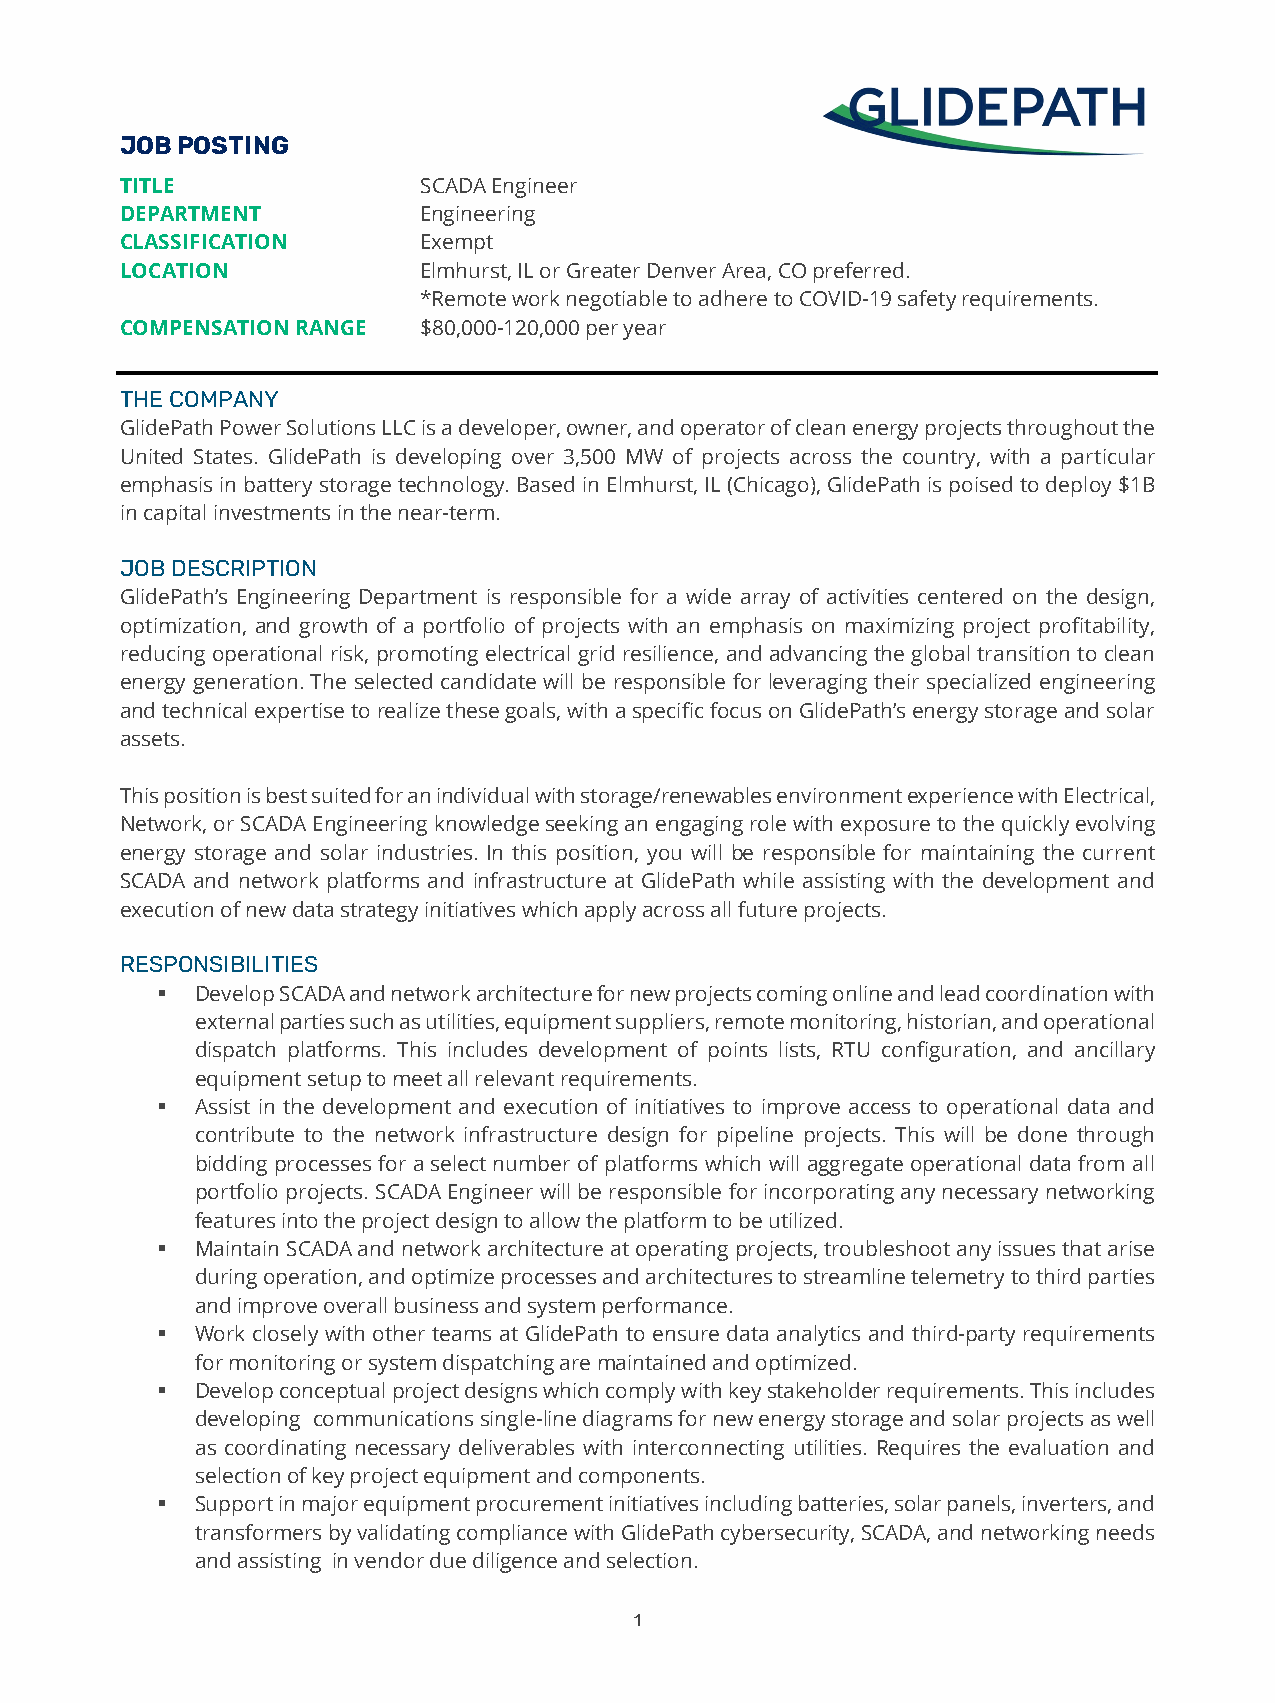
JOB POSTING
 TITLE               SCADA Engineer
 DEPARTMENT          Engineering
 CLASSIFICATION      Exempt
 LOCATION            Elmhurst, IL or Greater Denver Area, CO preferred.
 *Remote work negotiable to adhere to COVID-19 safety requirements.
 COMPENSATION RANGE  $80,000-120,000 per year
 THE COMPANY
 GlidePath Power Solutions LLC is a developer, owner, and operator of clean energy projects throughout the
 United States. GlidePath is developing over 3,500 MW of projects across the country, with a particular
 emphasis in battery storage technology. Based in Elmhurst, IL (Chicago), GlidePath is poised to deploy $1B
 in capital investments in the near-term.
 JOB DESCRIPTION
 GlidePath’s Engineering Department is responsible for a wide array of activities centered on the design,
 optimization, and growth of a portfolio of projects with an emphasis on maximizing project profitability,
 reducing operational risk, promoting electrical grid resilience, and advancing the global transition to clean
 energy generation. The selected candidate will be responsible for leveraging their specialized engineering
 and technical expertise to realize these goals, with a specific focus on GlidePath’s energy storage and solar
 assets.
 This position is best suited for an individual with storage/renewables environment experience with Electrical,
 Network, or SCADA Engineering knowledge seeking an engaging role with exposure to the quickly evolving
 energy storage and solar industries. In this position, you will be responsible for maintaining the current
 SCADA and network platforms and infrastructure at GlidePath while assisting with the development and
 execution of new data strategy initiatives which apply across all future projects.
 RESPONSIBILITIES
   Develop SCADA and network architecture for new projects coming online and lead coordination with
 external parties such as utilities, equipment suppliers, remote monitoring, historian, and operational
 dispatch platforms. This includes development of points lists, RTU configuration, and ancillary
 equipment setup to meet all relevant requirements.
   Assist in the development and execution of initiatives to improve access to operational data and
 contribute to the network infrastructure design for pipeline projects. This will be done through
 bidding processes for a select number of platforms which will aggregate operational data from all
 portfolio projects. SCADA Engineer will be responsible for incorporating any necessary networking
 features into the project design to allow the platform to be utilized.
   Maintain SCADA and network architecture at operating projects, troubleshoot any issues that arise
 during operation, and optimize processes and architectures to streamline telemetry to third parties
 and improve overall business and system performance.
   Work closely with other teams at GlidePath to ensure data analytics and third-party requirements
 for monitoring or system dispatching are maintained and optimized.
   Develop conceptual project designs which comply with key stakeholder requirements. This includes
 developing communications single-line diagrams for new energy storage and solar projects as well
 as coordinating necessary deliverables with interconnecting utilities. Requires the evaluation and
 selection of key project equipment and components.
   Support in major equipment procurement initiatives including batteries, solar panels, inverters, and
 transformers by validating compliance with GlidePath cybersecurity, SCADA, and networking needs
 and assisting in vendor due diligence and selection.
 1